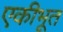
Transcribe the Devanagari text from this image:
एकीभूत